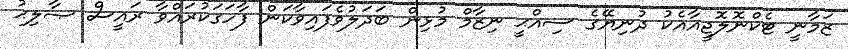
ޒަމާނީ ޓެކްނޮލޮޖީއާއެކު ދުނިޔޭގެ ސިއްޙީ ނިޒާމް މުޅިން ބަދަލުވެފައިވާކަން ފާހަގަކުރައްވާ ރައީސް ޞާލިޙު